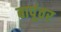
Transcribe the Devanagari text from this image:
बापूंवर